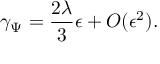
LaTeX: \gamma _ { \Psi } = \frac { 2 \lambda } { 3 } \epsilon + O ( \epsilon ^ { 2 } ) .